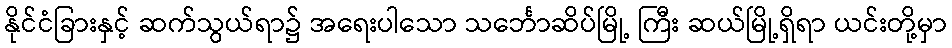
နိုင်ငံခြားနှင့် ဆက်သွယ်ရာ၌ အရေးပါသော သင်္ဘောဆိပ်မြို့ ကြီး ဆယ်မြို့ရှိရာ ယင်းတို့မှာ